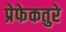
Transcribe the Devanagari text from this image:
प्रेफेकतुरे